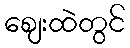
ဈေးထဲတွင်